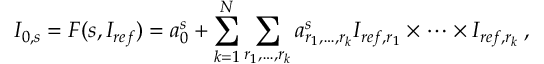
I _ { 0 , s } = F ( s , I _ { r e f } ) = a _ { 0 } ^ { s } + \sum _ { k = 1 } ^ { N } \sum _ { r _ { 1 } , \ldots , r _ { k } } a _ { r _ { 1 } , \ldots , r _ { k } } ^ { s } I _ { r e f , r _ { 1 } } \times \cdots \times I _ { r e f , r _ { k } } \, ,